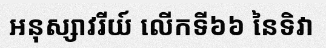
អនុស្សាវរីយ៍ លើកទី៦៦ នៃទិវា